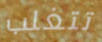
تتغلب